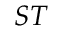
S T